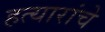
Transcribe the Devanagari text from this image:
हत्यारांचे